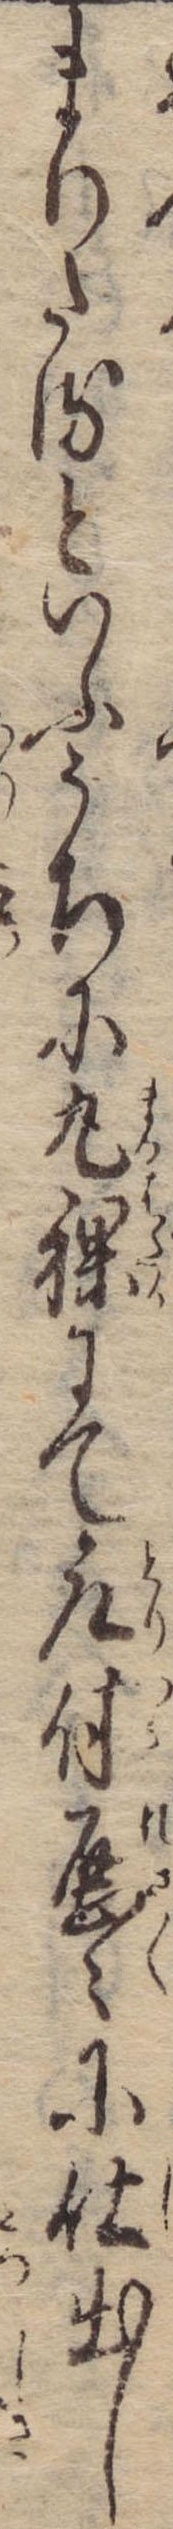
まりたるといふうちに丸裸にて取付歴々に仕出し